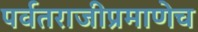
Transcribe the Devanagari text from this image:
पर्वतराजीप्रमाणेच